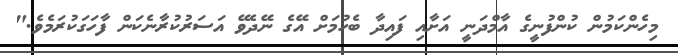
މިހެންކަމުން ކުންފުނީގެ އާމްދަނީ އަށާއި ފައިދާ ބެހުމަށް އޭގެ ނޭދެވޭ އަސަރުކުރާނެކަން ފާހަގަކުރަމެވެ."